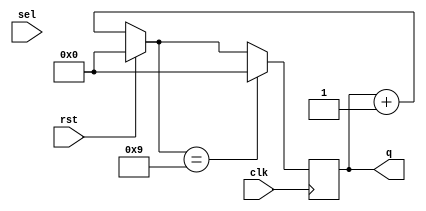
`timescale 1ns / 1ps
//////////////////////////////////////////////////////////////////////////////////
// Company: 
// Engineer: 
// 
// Design Name: 
// Module Name: bcd_up_counter
// Project Name: 
// Target Devices: 
// Tool Versions: 
// Description: 
// 
// Dependencies: 
// 
// Revision:
// Revision 0.01 - File Created
// Additional Comments:
// 
//////////////////////////////////////////////////////////////////////////////////


module bcd_up_counter(input clk,
    input rst,sel,
    output reg [3:0]q
);
always @(posedge clk) begin
    if (rst) begin
        q=4'b0000;
    end else
        q=(q+1);
       if(q==4'b1001) begin
       q=4'b0000;
       end
end
endmodule